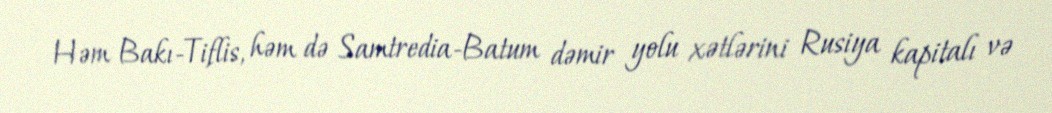
Həm Bakı-Tiflis, həm də Samtredia-Batum dəmir yolu xətlərini Rusiya kapitalı və